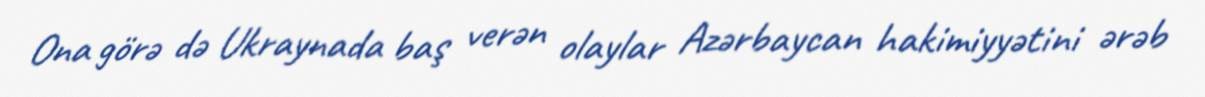
Ona görə də Ukraynada baş verən olaylar Azərbaycan hakimiyyətini ərəb